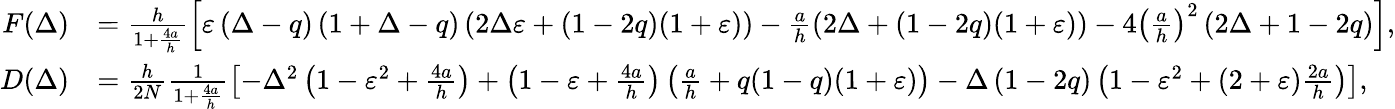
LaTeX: \begin{array}{rl}{F(\Delta)}&{=\frac{h}{1+\frac{4a}{h}}\left[\varepsilon\left(\Delta-q\right)\left(1+\Delta-q\right)\left(2\Delta\varepsilon+\left(1-2q\right)(1+\varepsilon)\right)-\frac{a}{h}\left(2\Delta+\left(1-2q\right)(1+\varepsilon)\right)-4\left(\frac{a}{h}\right)^{2}\left(2\Delta+1-2q\right)\right],}\\ {D(\Delta)}&{=\frac{h}{2N}\frac{1}{1+\frac{4a}{h}}\left[-\Delta^{2}\left(1-\varepsilon^{2}+\frac{4a}{h}\right)+\left(1-\varepsilon+\frac{4a}{h}\right)\left(\frac{a}{h}+q(1-q)(1+\varepsilon)\right)-\Delta\left(1-2q\right)\left(1-\varepsilon^{2}+(2+\varepsilon)\frac{2a}{h}\right)\right],}\end{array}